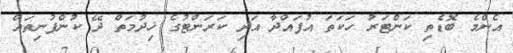
އެންމެ ބޮޑެތި ކަންޓަރު ހަކަތަ އުފައްދާ އަދި ކަރަންޓުގެ ޚިދުމަތް ދޭ ކުންފުނިތައް